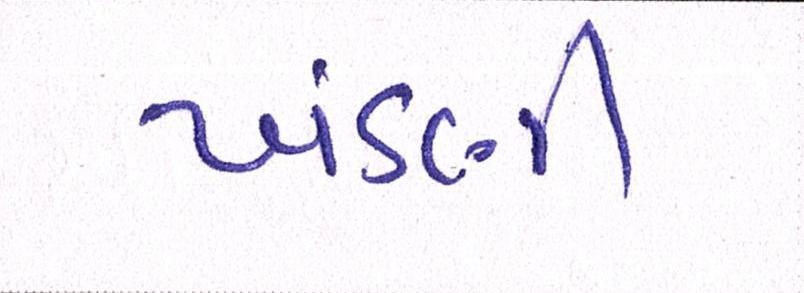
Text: ખંડણી